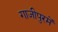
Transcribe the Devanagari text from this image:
गाजीपुरमें